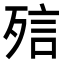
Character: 𣨌